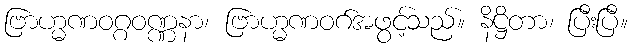
ဗြာဟ္မဏဝဂ္ဂဝဏ္ဏနာ၊ ဗြာဟ္မဏဝဂ်အဖွင့်သည်။ နိဋ္ဌိတာ၊ ပြီးပြီ။